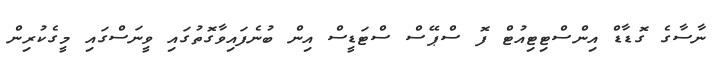
ނާސާގެ ގޮޑާޑް އިންސްޓިޓިއުޓް ފޮ ސްޕޭސް ސްޓަޑީސް އިން ބުނެފައިވާގޮތުގައި ވީނަސްގައި މީގެކުރިން